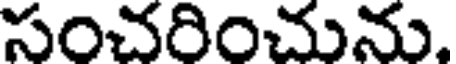
సంచరించును.